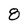
Character: 8